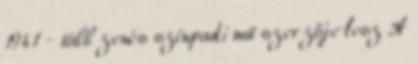
1941 - több zenés színpadi mű szerzője lesz A